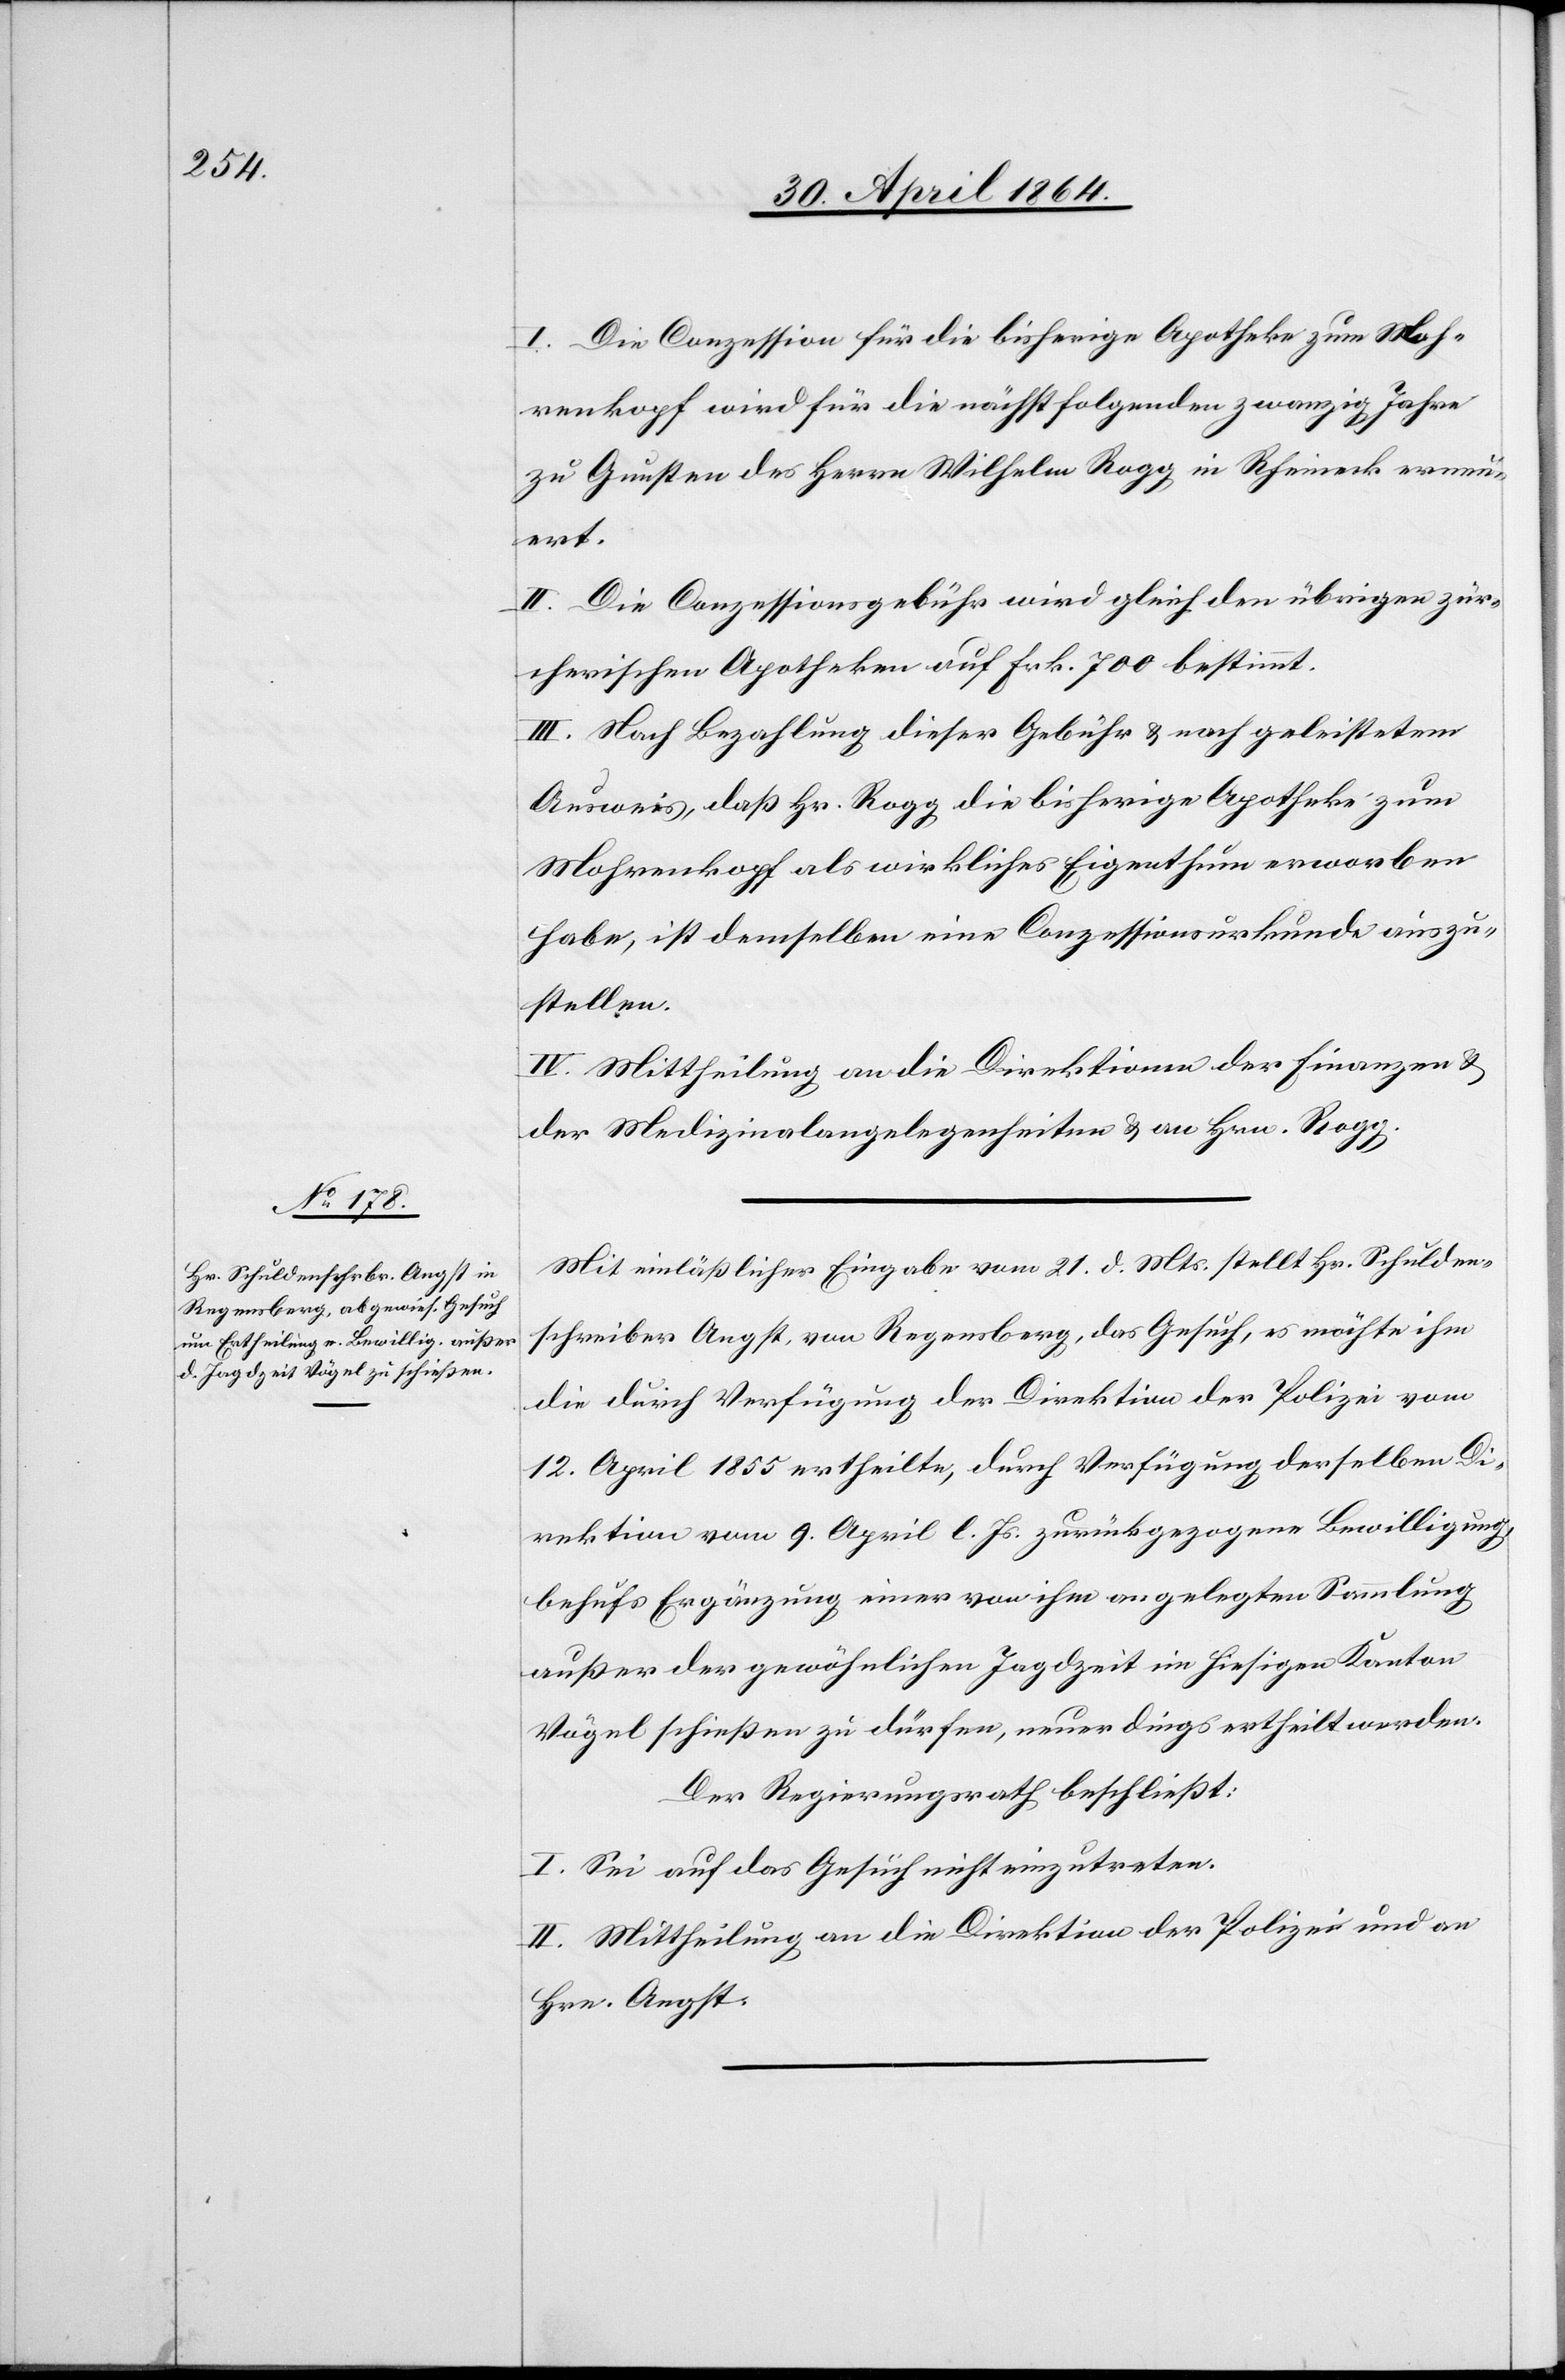
I. Die Conzession für die bisherige Apotheke zum Moh¬
renkopf wird für die nächstfolgenden zwanzig Jahre
zu Gunsten des Herrn Wilhelm Rogg in Rheineck erneu¬
ert.
II. Die Conzessionsgebühr wird gleich den übrigen zür¬
cherischen Apotheken auf Frk. 700 bestimmt.
III. Nach Bezahlung dieser Gebühr u. nach geleistetem
Ausweis, daß Hr. Rogg die bisherige Apotheke zum
Mohrenkopf als wirkliches Eigenthum erworben
habe, ist demselben eine Conzessionsurkunde auszu¬
stellen.
IV. Mittheilung an die Direktionen der Finanzen u.
der Medizinalangelegenheiten u. an Hrn. Rogg.
Mit einläßlicher Eingabe vom 21. d. Mts. stellt Hr. Schulden¬
schreiber Angst, von Regensberg, das Gesuch, es möchte ihm
die durch Verfügung der Direktion der Polizei vom
12. April 1855 ertheilte, durch Verfügung derselben Di¬
rektion vom 9. April l. Js. zurückgezogene Bewilligung
behufs Ergänzung einer von ihm angelegten Sammlung
außer der gewöhnlichen Jagdzeit im hiesigen Kanton
Vögel schießen zu dürfen, neuerdings ertheilt werden.
Der Regierungsrath beschließt:
I. Sei auf das Gesuch nicht einzutreten.
II. Mittheilung an die Direktion der Polizei und an
Hrn. Angst.